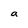
Character: a